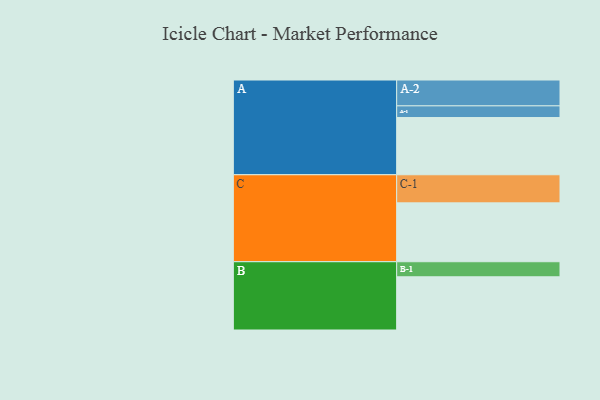
{"axis": {"x": "Segment", "y": "Value"}, "legend": ["", "A", "B", "C"], "data": [{"x": "A", "y": 456, "type": ""}, {"x": "B", "y": 424, "type": ""}, {"x": "C", "y": 469, "type": ""}, {"x": "A-1", "y": 93, "type": "A"}, {"x": "A-2", "y": 206, "type": "A"}, {"x": "B-1", "y": 120, "type": "B"}, {"x": "C-1", "y": 224, "type": "C"}]}